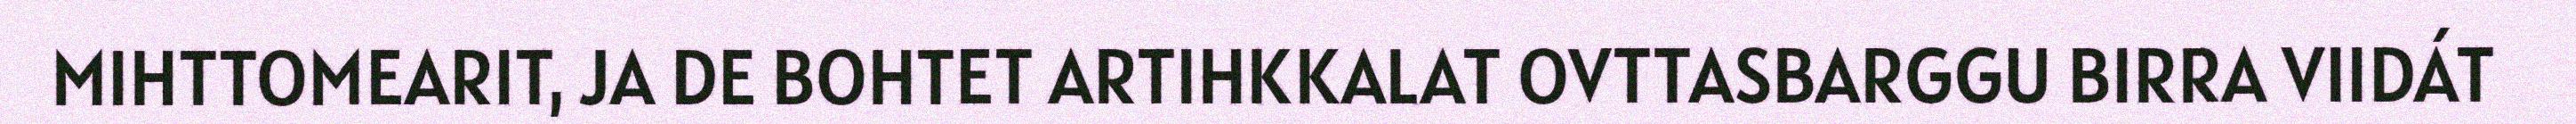
MIHTTOMEARIT, JA DE BOHTET ARTIHKKALAT OVTTASBARGGU BIRRA VIIDÁT